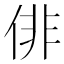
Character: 俳